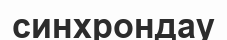
синхрондау